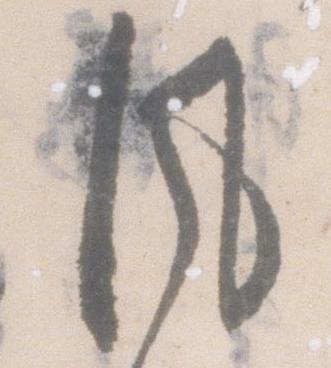
風